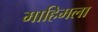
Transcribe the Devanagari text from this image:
माहिमला